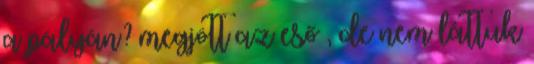
a pályán? megjött az eső , de nem láttuk